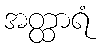
အတ္ထာရံ